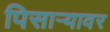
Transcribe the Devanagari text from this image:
पिसाऱ्यावर